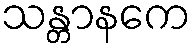
သန္တာနကေ